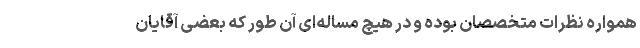
همواره نظرات متخصصان بوده و در هیچ مساله‌ای آن طور که بعضی آقایان